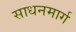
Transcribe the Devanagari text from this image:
साधनमार्ग